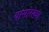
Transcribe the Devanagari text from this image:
यासांरख्या